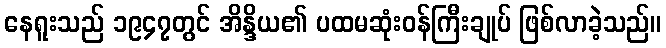
နေရူးသည် ၁၉၄၇တွင် အိန္ဒိယ၏ ပထမဆုံးဝန်ကြီးချုပ် ဖြစ်လာခဲ့သည်။